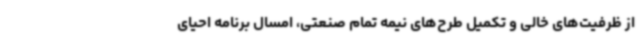
از ظرفیت‌های خالی و تکمیل طرح‌های نیمه تمام صنعتی، امسال برنامه احیای